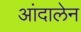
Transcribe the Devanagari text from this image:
आंदालेन